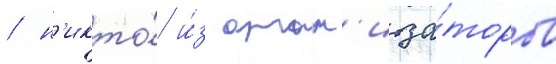
/ н'икто́ и́з орган'иза́торов